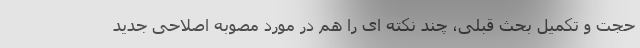
حجت و تکمیل بحث قبلی، چند نکته ای را هم در مورد مصوبه اصلاحی جدید